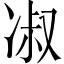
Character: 𭂑